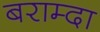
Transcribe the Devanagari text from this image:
बराम्दा